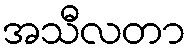
အသီလတာ